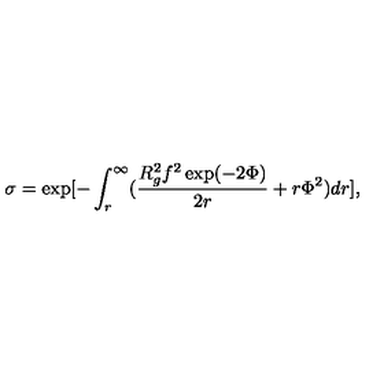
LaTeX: \sigma = \exp [ - \int _ { r } ^ { \infty } ( \frac { R _ { g } ^ { 2 } f ^ { 2 } \exp ( - 2 \Phi ) } { 2 r } + r \Phi ^ { 2 } ) d r ] ,